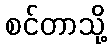
စင်တာသို့